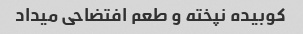
کوبیده نپخته و‌ طعم افتضاحی میداد